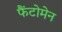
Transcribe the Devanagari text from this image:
फैंटोमेन